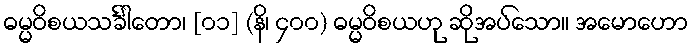
ဓမ္မဝိစယသင်္ခါတော၊ [၀၁] (နိ၊ ၄၀၀) ဓမ္မဝိစယဟု ဆိုအပ်သော။ အမောဟော